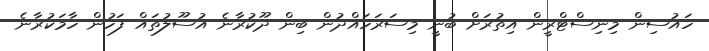
ހައުސިން މިނިސްޓްރީން އިތުރަށް ބުނީ މިސަރަހައްދުން ބިން ދޫކުރާނެ އުސޫލުތައް ފަހުން ހާމަކުރާނެ